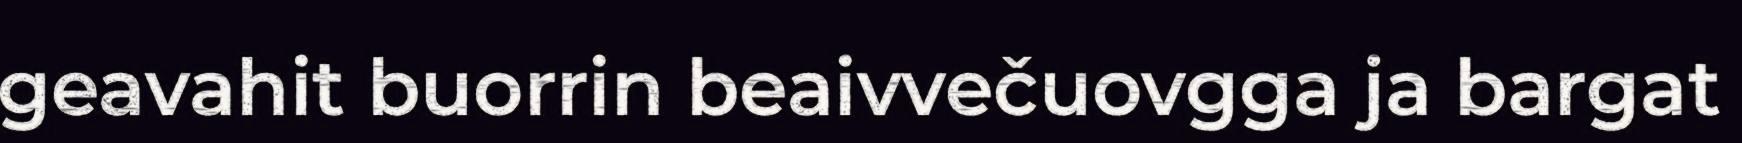
geavahit buorrin beaivvečuovgga ja bargat